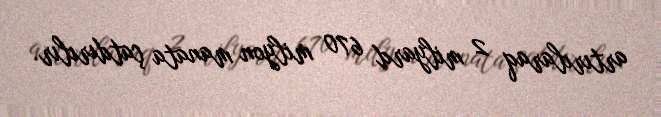
artırılaraq 2 milyard 670 milyon manata çatdırılır.